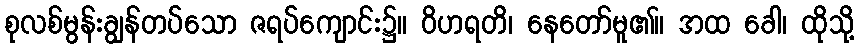
စုလစ်မွန်းချွန်တပ်သော ဇရပ်ကျောင်း၌။ ဝိဟရတိ၊ နေတော်မူ၏။ အထ ခေါ၊ ထိုသို့